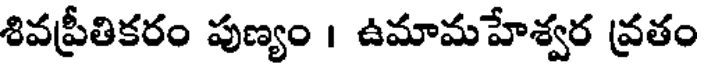
శివప్రీతికరం పుణ్యం । ఉమామహేశ్వర వ్రతం